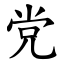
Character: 党